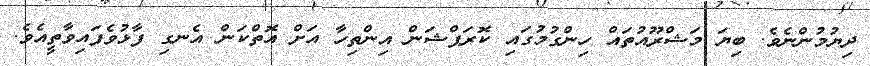
ދިޔުމުންނެވެ. ބިޔަ މަޝްރޫއުތައް ހިންގުމުގައި ކޮރަޕްޝަން އިންތިހާ އަށް އޮތްކަން އެނގި ފާޅުވެފައިވާތީއެވެ.